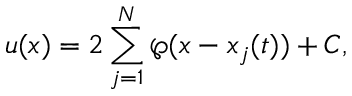
u ( x ) = 2 \sum _ { j = 1 } ^ { N } \wp ( x - x _ { j } ( t ) ) + C ,